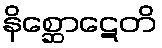
နိစ္ဆောဋေတိ